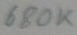
Text: 680K